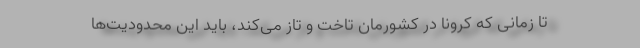
تا زمانی که کرونا در کشورمان تاخت و تاز می‌کند، باید این محدودیت‌ها